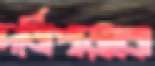
দর্জিপাড়াকে